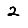
Digit: 2